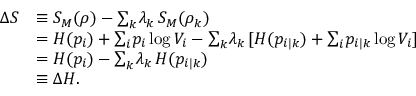
\begin{array} { r l } { \Delta S } & { \equiv S _ { M } ( \rho ) - { \textstyle \sum } _ { k } \lambda _ { k } \, S _ { M } ( \rho _ { k } ) } \\ & { = H ( p _ { i } ) + { \textstyle \sum } _ { i } p _ { i } \log V _ { i } - { \textstyle \sum } _ { k } \lambda _ { k } \, [ H ( p _ { i | k } ) + { \textstyle \sum } _ { i } p _ { i | k } \log V _ { i } ] } \\ & { = H ( p _ { i } ) - { \textstyle \sum } _ { k } \lambda _ { k } \, H ( p _ { i | k } ) } \\ & { \equiv \Delta H . } \end{array}